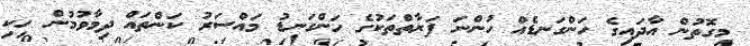
މިގޮތުން އާދައިގެ ހަންގަނޑެއް ހުންނަ ފަރާތްތަކުގެ ހަންގަނޑު މައްސަރު ކަންތައް ދިމާވުމުން ހިކި